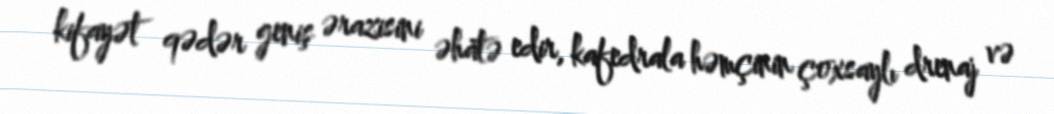
kifayət qədər geniş ərazisini əhatə edir, kafedrala həmçinin çoxsaylı drenaj və